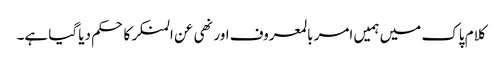
کلام پاک میں ہمیں امر بالمعروف اور نھی عن المنکر کا حکم دیا گیا ہے۔